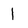
Character: 1